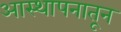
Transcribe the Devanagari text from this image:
आस्थापनातून